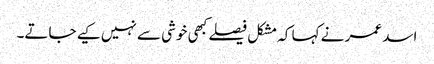
اسد عمر نے کہا کہ مشکل فیصلے کبھی خوشی سے نہیں کیے جاتے۔